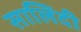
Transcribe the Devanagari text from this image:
सालिदी